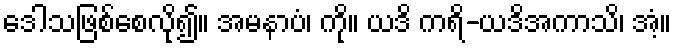
ဒေါသဖြစ်စေလို၍။ အမနာပံ၊ ကို။ ယဒိ ကရိ-ယဒိအကာသိ၊ အံ့။